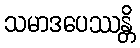
သမာဒပေဿန္တိ